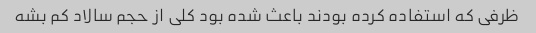
ظرفی که استفاده کرده بودند باعث شده بود کلی از حجم سالاد کم بشه